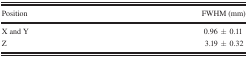
| Position | FWHM (mm) |
 | --- | --- |
 | X and Y | 0.96 ± 0.11 |
 | Z | 3.19 ± 0.32 |